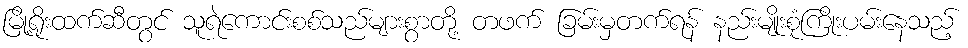
မြို့ရိုးထက်ဆီတွင် သူရဲကောင်းစစ်သည်များစွာတို့ တဖက် ခြမ်းမှတက်ရန် နည်းမျိုးစုံကြိုးပမ်းနေသည့်